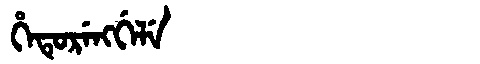
Manchu: ᡥᡝᡨᡠᡵᡝᠩᡤᡝᠯᡝ
Romanization: HETURENGGELE